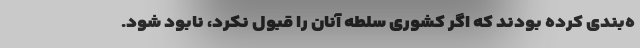
ه‌بندی کرده بودند که اگر کشوری سلطه آنان را قبول نکرد، نابود شود.